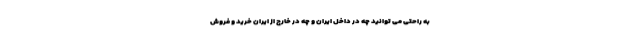
به راحتی می توانید چه در داخل ایران و چه در خارج از ایران خرید و فروش